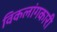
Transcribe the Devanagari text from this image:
विकलांगकारी